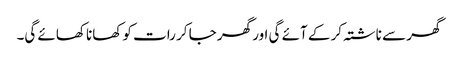
گھر سے ناشتہ کر کے آئے گی اور گھر جا کر رات کو کھانا کھائے گی۔